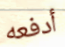
أدفعه